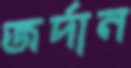
জর্দান